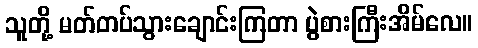
သူတို့ မတ်တပ်သွားချောင်းကြတာ ပွဲစားကြီးအိမ်လေ။